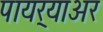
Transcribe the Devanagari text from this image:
पायर्‍याअर